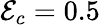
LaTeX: \mathcal{E}_{c}=0.5\